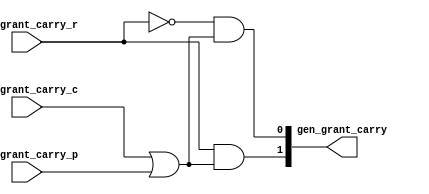
/*
 * These source files contain a hardware description of a network
 * automatically generated by CONNECT (CONfigurable NEtwork Creation Tool).
 *
 * This product includes a hardware design developed by Carnegie Mellon
 * University.
 *
 * Copyright (c) 2012 by Michael K. Papamichael, Carnegie Mellon University
 *
 * For more information, see the CONNECT project website at:
 *   http://www.ece.cmu.edu/~mpapamic/connect
 *
 * This design is provided for internal, non-commercial research use only, 
 * cannot be used for, or in support of, goods or services, and is not for
 * redistribution, with or without modifications.
 * 
 * You may not use the name "Carnegie Mellon University" or derivations
 * thereof to endorse or promote products derived from this software.
 *
 * THE SOFTWARE IS PROVIDED "AS-IS" WITHOUT ANY WARRANTY OF ANY KIND, EITHER
 * EXPRESS, IMPLIED OR STATUTORY, INCLUDING BUT NOT LIMITED TO ANY WARRANTY
 * THAT THE SOFTWARE WILL CONFORM TO SPECIFICATIONS OR BE ERROR-FREE AND ANY
 * IMPLIED WARRANTIES OF MERCHANTABILITY, FITNESS FOR A PARTICULAR PURPOSE,
 * TITLE, OR NON-INFRINGEMENT.  IN NO EVENT SHALL CARNEGIE MELLON UNIVERSITY
 * BE LIABLE FOR ANY DAMAGES, INCLUDING BUT NOT LIMITED TO DIRECT, INDIRECT,
 * SPECIAL OR CONSEQUENTIAL DAMAGES, ARISING OUT OF, RESULTING FROM, OR IN
 * ANY WAY CONNECTED WITH THIS SOFTWARE (WHETHER OR NOT BASED UPON WARRANTY,
 * CONTRACT, TORT OR OTHERWISE).
 *
 */


//
// Generated by Bluespec Compiler, version 2012.01.A (build 26572, 2012-01-17)
//
// On Tue Nov  1 22:43:54 EDT 2016
//
// Method conflict info:
// Method: gen_grant_carry
// Conflict-free: gen_grant_carry
//
//
// Ports:
// Name                         I/O  size props
// gen_grant_carry                O     2
// gen_grant_carry_c              I     1
// gen_grant_carry_r              I     1
// gen_grant_carry_p              I     1
//
// Combinational paths from inputs to outputs:
//   (gen_grant_carry_c, gen_grant_carry_r, gen_grant_carry_p) -> gen_grant_carry
//
//

`ifdef BSV_ASSIGNMENT_DELAY
`else
`define BSV_ASSIGNMENT_DELAY
`endif

module module_gen_grant_carry(gen_grant_carry_c,
			      gen_grant_carry_r,
			      gen_grant_carry_p,
			      gen_grant_carry);
  // value method gen_grant_carry
  input  gen_grant_carry_c;
  input  gen_grant_carry_r;
  input  gen_grant_carry_p;
  output [1 : 0] gen_grant_carry;

  // signals for module outputs
  wire [1 : 0] gen_grant_carry;

  // value method gen_grant_carry
  assign gen_grant_carry =
	     { gen_grant_carry_r && (gen_grant_carry_c || gen_grant_carry_p),
	       !gen_grant_carry_r &&
	       (gen_grant_carry_c || gen_grant_carry_p) } ;
endmodule  // module_gen_grant_carry